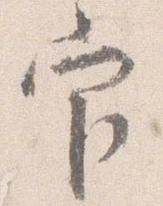
官